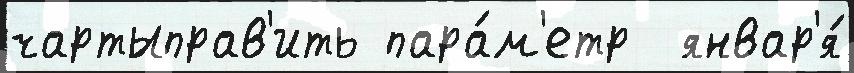
чартыправ'ить пара́м'етр  январ'я́